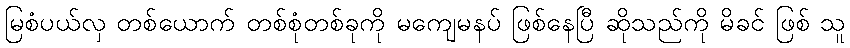
မြစံပယ်လှ တစ်ယောက် တစ်စုံတစ်ခုကို မကျေမနပ် ဖြစ်နေပြီ ဆိုသည်ကို မိခင် ဖြစ် သူ